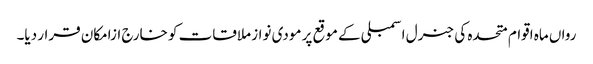
رواں ماہ اقوام متحدہ کی جنرل اسمبلی کے موقع پر مودی نواز ملاقات کو خارج ازامکان قرار دیا۔